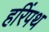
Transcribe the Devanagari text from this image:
हरिंपथ